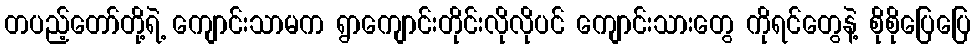
တပည့်တော်တို့ရဲ့ ကျောင်းသာမက ရွာကျောင်းတိုင်းလိုလိုပင် ကျောင်းသားတွေ ကိုရင်တွေနဲ့ စိုစိုပြေပြေ